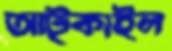
আট্‌কাইল